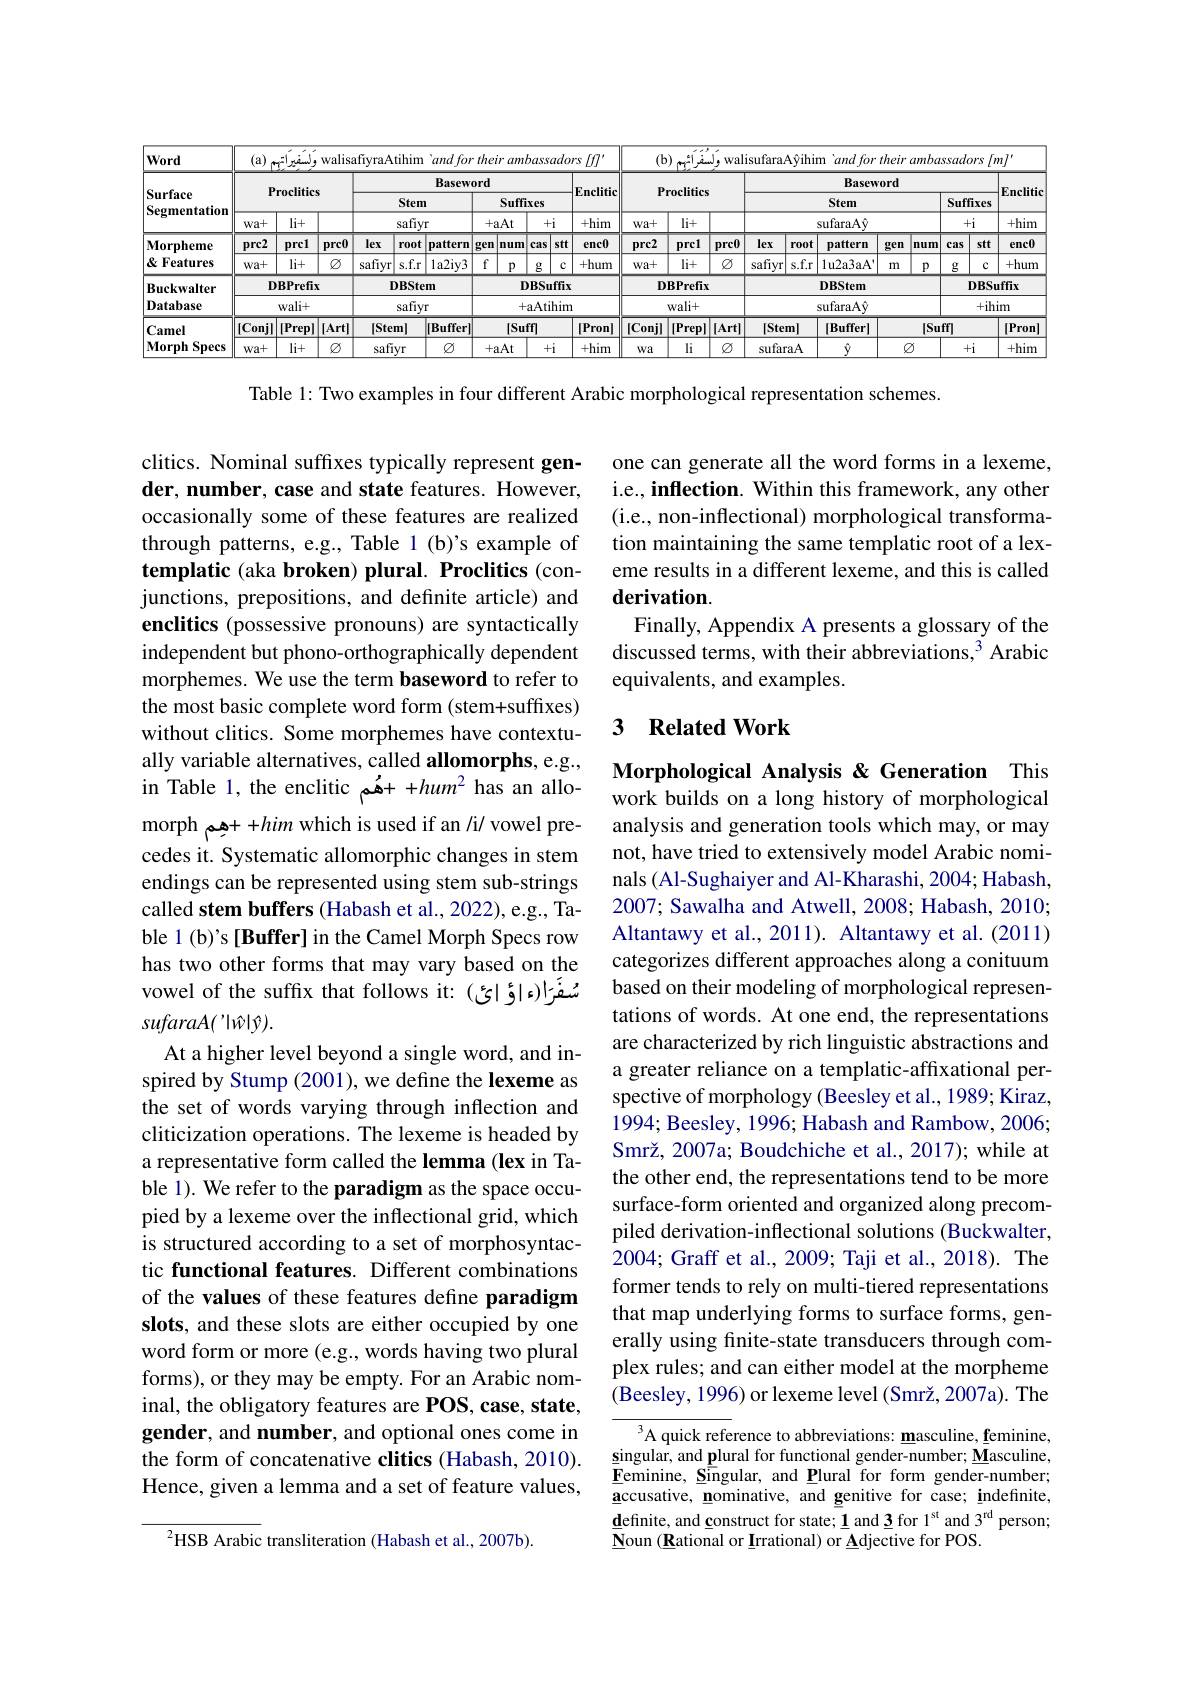
<table>
	<tbody>
		<tr>
			<th rowspan="5">Word Surface Segmentation Morpheme</th>
			<th>(a)</th>
			<th colspan="9">walisafiyraAtihim 'and for their ambassadors [f] اسلم اتو</th>
			<th>$(\mathbf{b}$</th>
			<th colspan="9">(b)ولسفرائم walisufaraA§ihim 'and for their ambassadors[m]</th>
		</tr>
		<tr>
			<th colspan="4">Proclitics</th>
			<th> </th>
			<th>Basew</th>
			<th>$rd$</th>
			<th> </th>
			<th> </th>
			<th>$\frac{1}{2}=\frac{1}{2}$ LEA</th>
			<th>1.5 I</th>
			<th colspan="8">Proclitics</th>
			<th colspan="2">Baseword Stem</th>
			<th>ord</th>
			<th> </th>
			<th> </th>
			<th rowspan="4">Enclitio +him $enc0$</th>
		</tr>
		<tr>
			<th colspan="2">Proclntics</th>
			<th colspan="2">Dascmo Stem</th>
			<th colspan="3">Suffixes</th>
			<th>EITUIL</th>
			<th rowspan="3">Encinde +him enc0</th>
			<th colspan="2">Stem</th>
			<th> </th>
			<th colspan="2">Suffixes $+i$</th>
		</tr>
		<tr>
			<th rowspan="2">Wa+ $prc2$</th>
			<th rowspan="2">$li+$ prcl</th>
			<th> </th>
			<th>Sa</th>
			<th>iyr</th>
			<th>+aA</th>
			<th>$-aAt$</th>
			<th>$+i$</th>
			<th>+him</th>
			<th>$wa+$</th>
			<th>$li+$ +</th>
			<th> </th>
			<th> </th>
			<th> </th>
			<th>sufaraAy</th>
			<th> </th>
			<th> </th>
			<th>+i</th>
		</tr>
		<tr>
			<th>prc0</th>
			<th>lex ro</th>
			<th>$yt$ pattern</th>
			<th>gen nt</th>
			<th>1 num</th>
			<th>$st$ cas</th>
			<th>$t$ enc0</th>
			<th>prc2</th>
			<th>2 prc</th>
			<th>1 prc0</th>
			<th>I rc0</th>
			<th>root</th>
			<th>pattern</th>
			<th>gen</th>
			<th>$c$ 1um</th>
			<th>stt IS</th>
		</tr>
		<tr>
			<td>$\&$ Features </td>
			<td>wa+</td>
			<td>$li+$</td>
			<td>$\textcircled{2}$</td>
			<td>safiyr $S.$</td>
			<td>$1a2iy3$ .1</td>
			<td>f</td>
			<td>$p$</td>
			<td>$g$ 1 1</td>
			<td>+hum</td>
			<td>+hum</td>
			<td>$wa+$</td>
			<td>$li+$ +</td>
			<td>$\textcircled{2}$</td>
			<td>$\textcircled{2}$ Sa</td>
			<td>s.f.r yr</td>
			<td>$1u2a3aA$</td>
			<td>m</td>
			<td>$p$</td>
			<td>$c$ $\frac{1}{2}$</td>
			<td>+hum</td>
		</tr>
		<tr>
			<td>Buckwalter</td>
			<td colspan="3">DBPrefix</td>
			<td colspan="2">DBStem</td>
			<td> </td>
			<td>$\Gamma$</td>
			<td>BSuffi</td>
			<td>$ix$</td>
			<td>[</td>
			<td>$D$</td>
			<td>DBPre</td>
			<td>fix</td>
			<td> </td>
			<td colspan="3">DBStem</td>
			<td> </td>
			<td>$DBS$</td>
			<td>uffix</td>
		</tr>
		<tr>
			<td>Database</td>
			<td colspan="2">$wali+$</td>
			<td> </td>
			<td colspan="2">safiyr</td>
			<td> </td>
			<td>+</td>
			<td colspan="3">aAtihim</td>
			<td> </td>
			<td colspan="2">$wali+$</td>
			<td> </td>
			<td> </td>
			<td colspan="3">$ufaraA\hat{y}$ +</td>
			<td>+ik</td>
			<td>im</td>
		</tr>
		<tr>
			<td rowspan="2">Camel $\mathbf{Morph}$ Specs 1</td>
			<td>$[Conj]$</td>
			<td>[Prep]</td>
			<td>[Art]</td>
			<td>|Stem|</td>
			<td>IBuffer</td>
			<td colspan="3">$[Suff]$</td>
			<td>[Pron]</td>
			<td>[Pron]</td>
			<td>$|Conj|$</td>
			<td>$[Pre$ $\mathbf{ıjl}$</td>
			<td>$||Art|$ pll 1</td>
			<td>$\iota rtl$</td>
			<td>$tem]$</td>
			<td>$[Buffer]$</td>
			<td colspan="3">$[Suff]$</td>
			<td>[Pron]</td>
		</tr>
		<tr>
			<td>wa+</td>
			<td>$li+$</td>
			<td>$\textcircled{2}$</td>
			<td>safiyr</td>
			<td>$\varnothing$</td>
			<td>+aA</td>
			<td colspan="2">$+i$ +aAt</td>
			<td>+him</td>
			<td>+him</td>
			<td>$Wa$</td>
			<td>li 1</td>
			<td>$\textcircled{2}$</td>
			<td>$\textcircled{2}$</td>
			<td>faraA</td>
			<td> </td>
			<td>$Q$</td>
			<td> </td>
			<td>+i</td>
			<td>+him</td>
		</tr>
	</tbody>
</table>

Table 1: Two examples in four different Arabic morphological representation schemes.

one can generate all the word forms in a lexeme, i.e., inflection. Within this framework, any other (i.e., non-inflectional) morphological transformation maintaining the same templatic root of a lexeme results in a different lexeme, and this is called derivation.
Finally, Appendix A presents a glossary of the discussed terms, with their abbreviations, $^3$ Arabic equivalents, and examples.

### 3 $\textbf{Related Work}$

clitics. Nominal suffixes typically represent gender, number, case and state features. However, occasionally some of these features are realized through patterns, e.g., Table 1 (b)'s example of templatic (aka broken) plural. Proclitics (conjunctions, prepositions, and definite article) and enclitics (possessive pronouns) are syntactically independent but phono-orthographically dependent morphemes. We use the term baseword to refer to the most basic complete word form (stem+suffixes) without clitics. Some morphemes have contextually variable alternatives, called allomorphs, e.g., in Table 1, the enclitic áم + +hum' has an allomorph + 4ea + + him which is used if an /i/ vowel precedes it. Systematic allomorphic changes in stem endings can be represented using stem sub-strings called stem buffers (Habash et al., 2022), e.g., Table 1(b)'s[Buffer] in the Camel Morph Specs row has two other forms that may vary based on the vowel of the suffix that follows it: (شفَرا(ء|ؤائ $sufaraA(’|\hat{w}|\hat{y}).$
At a higher level beyond a single word, and inspired by Stump (2001), we define the lexeme as the set of words varying through inflection and cliticization operations. The lexeme is headed by a representative form called the lemma (lex in Table 1). We refer to the paradigm as the space occupied by a lexeme over the inflectional grid, which is structured according to a set of morphosyntactic functional features. Different combinations of the values of these features define paradigm slots, and these slots are either occupied by one word form or more (e.g., words having two plural forms), or they may be empty. For an Arabic nominal, the obligatory features are POS, case, state, gender, and number, and optional ones come in the form of concatenative clitics (Habash, 2010). Hence, given a lemma and a set of feature values,
$^{2}$HSB Arabic transliteration (Habash et al., 2007b).

Morphological Analysis &Generation This work builds on a long history of morphological analysis and generation tools which may, or may not, have tried to extensively model Arabic nominals (Al-Sughaiyer and Al-Kharashi, 2004; Habash, 2007; Sawalha and Atwell, 2008; Habash, 2010; Altantawy et al.,2011). Altantawy et al.(2011) categorizes different approaches along a conituum based on their modeling of morphological representations of words. At one end, the representations are characterized by rich linguistic abstractions and a greater reliance on a templatic-affixational perspective of morphology (Beesley et al., 1989; Kiraz, 1994; Beesley, 1996; Habash and Rambow, 2006; Smrž, 2007a; Boudchiche et al., 2017); while at the other end, the representations tend to be more surface-form oriented and organized along precompiled derivation-inflectional solutions (Buckwalter, 2004; Graff et al., 2009; Taji et al., 2018). The former tends to rely on multi-tiered representations that map underlying forms to surface forms, generally using finite-state transducers through complex rules; and can either model at the morpheme (Beesley, 1996) or lexeme level (Smrž, 2007a). The
A quick reference to abbreviations: masculine, feminine,

$\underline{\mathbf{s}}$ingular, and plural for functional gender-number; Masculine, $\underline{\mathbf{F}}$eminine, Singular, and Plural for form gender-number; $\underline{\mathbf{a}}$ccusative, nominative, and genitive for case; indefinite, $\underline{\mathbf{d}}$efinite, and construct for state; 1 and $\underline3$ for 1$^\mathrm{st}$ and 3$^\mathrm{rd}$ person; $\bar{\mathbf{N}}$oun $\bar(\bar{\mathbf{R}}$ational or Irrational) or $\bar{\mathbf{A}}$djective for POS.